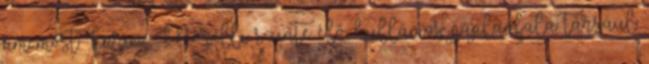
ám most Enrico Morelli szinte élő, hullámos paplanfala társául